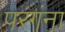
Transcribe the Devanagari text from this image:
परगंना